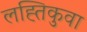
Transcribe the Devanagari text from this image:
लह्तिकुवा